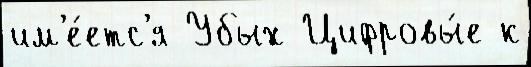
им'е́етс'я Убых Цифровы́е к